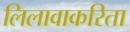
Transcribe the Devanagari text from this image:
लिलावाकरिता